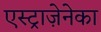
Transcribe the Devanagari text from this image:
एस्ट्राज़ेनेका